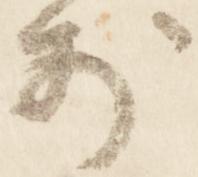
前